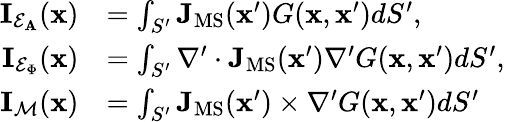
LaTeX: \begin{array}{rl}{\mathbf{I}_{\mathcal{E}_{\mathbf{A}}}(\mathbf{x})}&{=\int_{S^{\prime}}\mathbf{J}_{\mathrm{MS}}(\mathbf{x}^{\prime})G(\mathbf{x},\mathbf{x}^{\prime})dS^{\prime},}\\ {\mathbf{I}_{\mathcal{E}_{\Phi}}(\mathbf{x})}&{=\int_{S^{\prime}}\nabla^{\prime}\cdot\mathbf{J}_{\mathrm{MS}}(\mathbf{x}^{\prime})\nabla^{\prime}G(\mathbf{x},\mathbf{x}^{\prime})dS^{\prime},}\\ {\mathbf{I}_{\mathcal{M}}(\mathbf{x})}&{=\int_{S^{\prime}}\mathbf{J}_{\mathrm{MS}}(\mathbf{x}^{\prime})\times\nabla^{\prime}G(\mathbf{x},\mathbf{x}^{\prime})dS^{\prime}}\end{array}